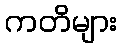
ကတိများ